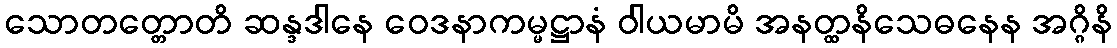
သောတတ္တောတိ ဆန္ဒဒါနေ ဝေဒနာကမ္မဋ္ဌာနံ ဝါယမာမိ အနတ္ထနိသေဓနေန အဂ္ဂိနိ